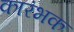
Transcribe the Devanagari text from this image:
कारंभक